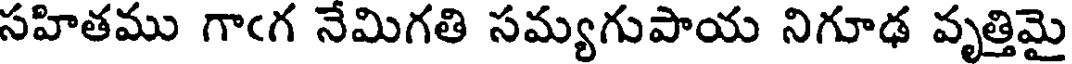
సహితము గాఁగ నేమిగతి సమ్యగుపాయ నిగూఢ వృత్తిమై